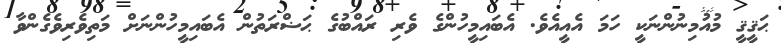
ޙަޤީޤީ މުއުމިނުންނަކީ ހަމަ އެއީއެވެ. އެބައިމީހުންގެ ވެރި ރައްބުގެ ޙަޟްރަތުން އެބައިމީހުންނަށް މަތިވެރިވެގެންވާ